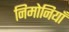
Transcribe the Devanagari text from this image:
निमोनियाँ